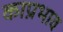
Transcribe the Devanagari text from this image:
काप्रभाव